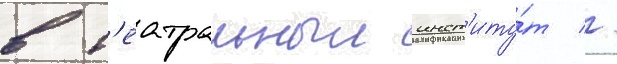
в т'еатральныи инст'иту́т //